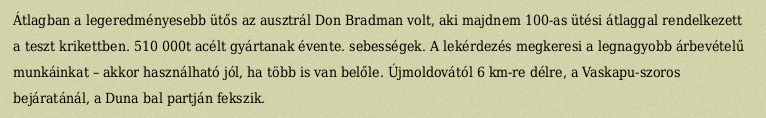
Átlagban a legeredményesebb ütős az ausztrál Don Bradman volt, aki majdnem 100-as ütési átlaggal rendelkezett a teszt krikettben. 510 000t acélt gyártanak évente. sebességek. A lekérdezés megkeresi a legnagyobb árbevételű munkáinkat – akkor használható jól, ha több is van belőle. Újmoldovától 6 km-re délre, a Vaskapu-szoros bejáratánál, a Duna bal partján fekszik.